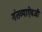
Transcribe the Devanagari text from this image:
गंतव्याऐवजी